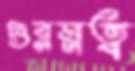
গুরম্নত্ব